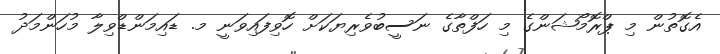
އެގޮތުން މި ޕްރޮމޯޝަންގެ މި ހަފްތާގެ ނަސީބުވެރިޔަކަށް ހޮވިފައިވަނީ މ. ޑައިމަންޑްވިލާ މުހަންމަދު